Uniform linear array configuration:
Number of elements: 32
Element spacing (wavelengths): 0.25
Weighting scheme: hann
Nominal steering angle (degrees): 15
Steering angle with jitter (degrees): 14.01
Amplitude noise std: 0.05
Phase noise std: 0.05

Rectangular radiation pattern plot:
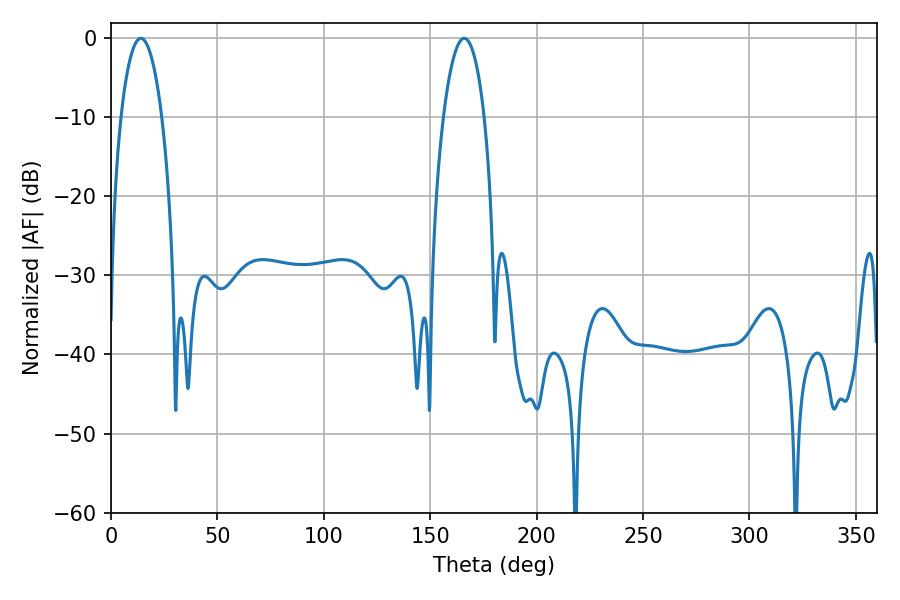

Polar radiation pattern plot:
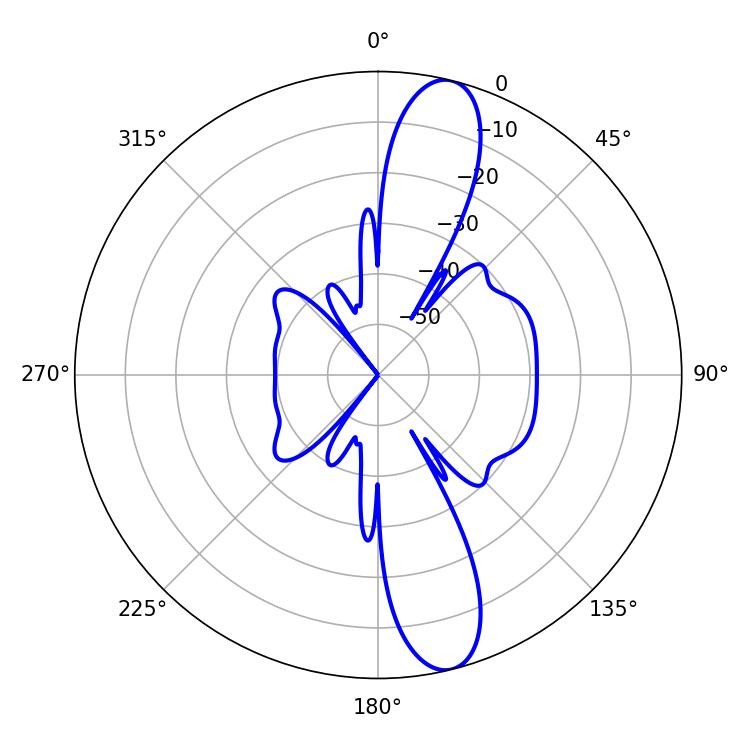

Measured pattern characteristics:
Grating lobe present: FALSE
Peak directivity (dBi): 13.061
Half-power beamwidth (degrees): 10.8
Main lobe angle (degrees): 14.04